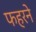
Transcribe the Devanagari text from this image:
फहरने